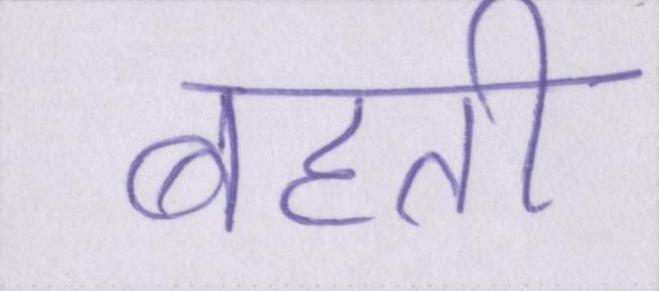
बहती